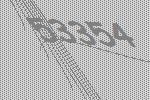
53354